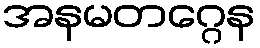
အနမတဂ္ဂေန